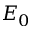
E _ { 0 }